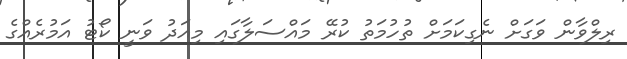
ރިލްވާން ވަގަށް ނެގިކަމަށް ތުހުމަތު ކުރޭ މައްސަލާގައި މިއަދު ވަނީ ކޯޓު އަމުރެއްގެ